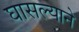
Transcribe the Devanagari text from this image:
घासल्याने